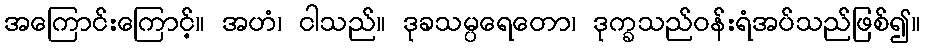
အကြောင်းကြောင့်။ အဟံ၊ ငါသည်။ ဒုခသမ္ပရေတော၊ ဒုက္ခသည်ဝန်းရံအပ်သည်ဖြစ်၍။